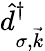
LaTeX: \hat{d}_{\sigma,\vec{k}}^{\dagger}